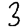
Digit: 3